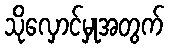
သိုလှောင်မှုအတွက်